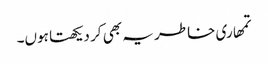
تمھاری خاطر یہ بھی کر دیکھتا ہوں۔